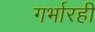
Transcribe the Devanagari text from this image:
गर्भारही